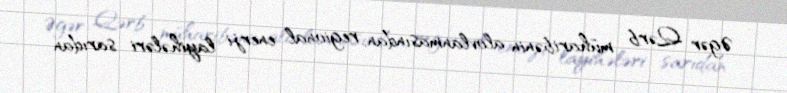
Əgər Qərb müharibənin alovlanmasından, regional enerji layihələri sarıdan